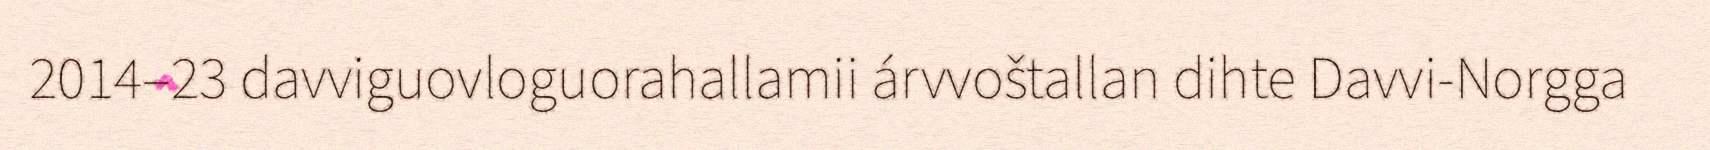
2014–23 davviguovloguorahallamii árvvoštallan dihte Davvi-Norgga